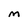
Character: M